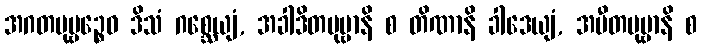
အဂတပုဗ္ဗဉ္စေဝ ဒိသံ ဂစ္ဆေယျံ, အခါဒိတပုဗ္ဗာနိ စ တိဏာနိ ခါဒေယျံ, အပီတပုဗ္ဗာနိ စ